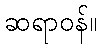
ဆရာဝန်။